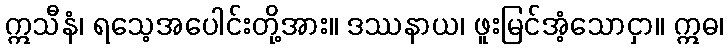
ဣသီနံ၊ ရသေ့အပေါင်းတို့အား။ ဒဿနာယ၊ ဖူးမြင်အံ့သောငှာ။ ဣဓ၊